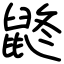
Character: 鼨